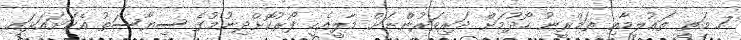
7. މަތީ ތަޢުލީމާއި ތަމްރީނު ހޯދުމަށް ދަރިވަރުންނަށް މާލީއެހީ ފޯރުކޮށްދިނުމުގެ ސިޔާސަތު އެކަށައަޅައި